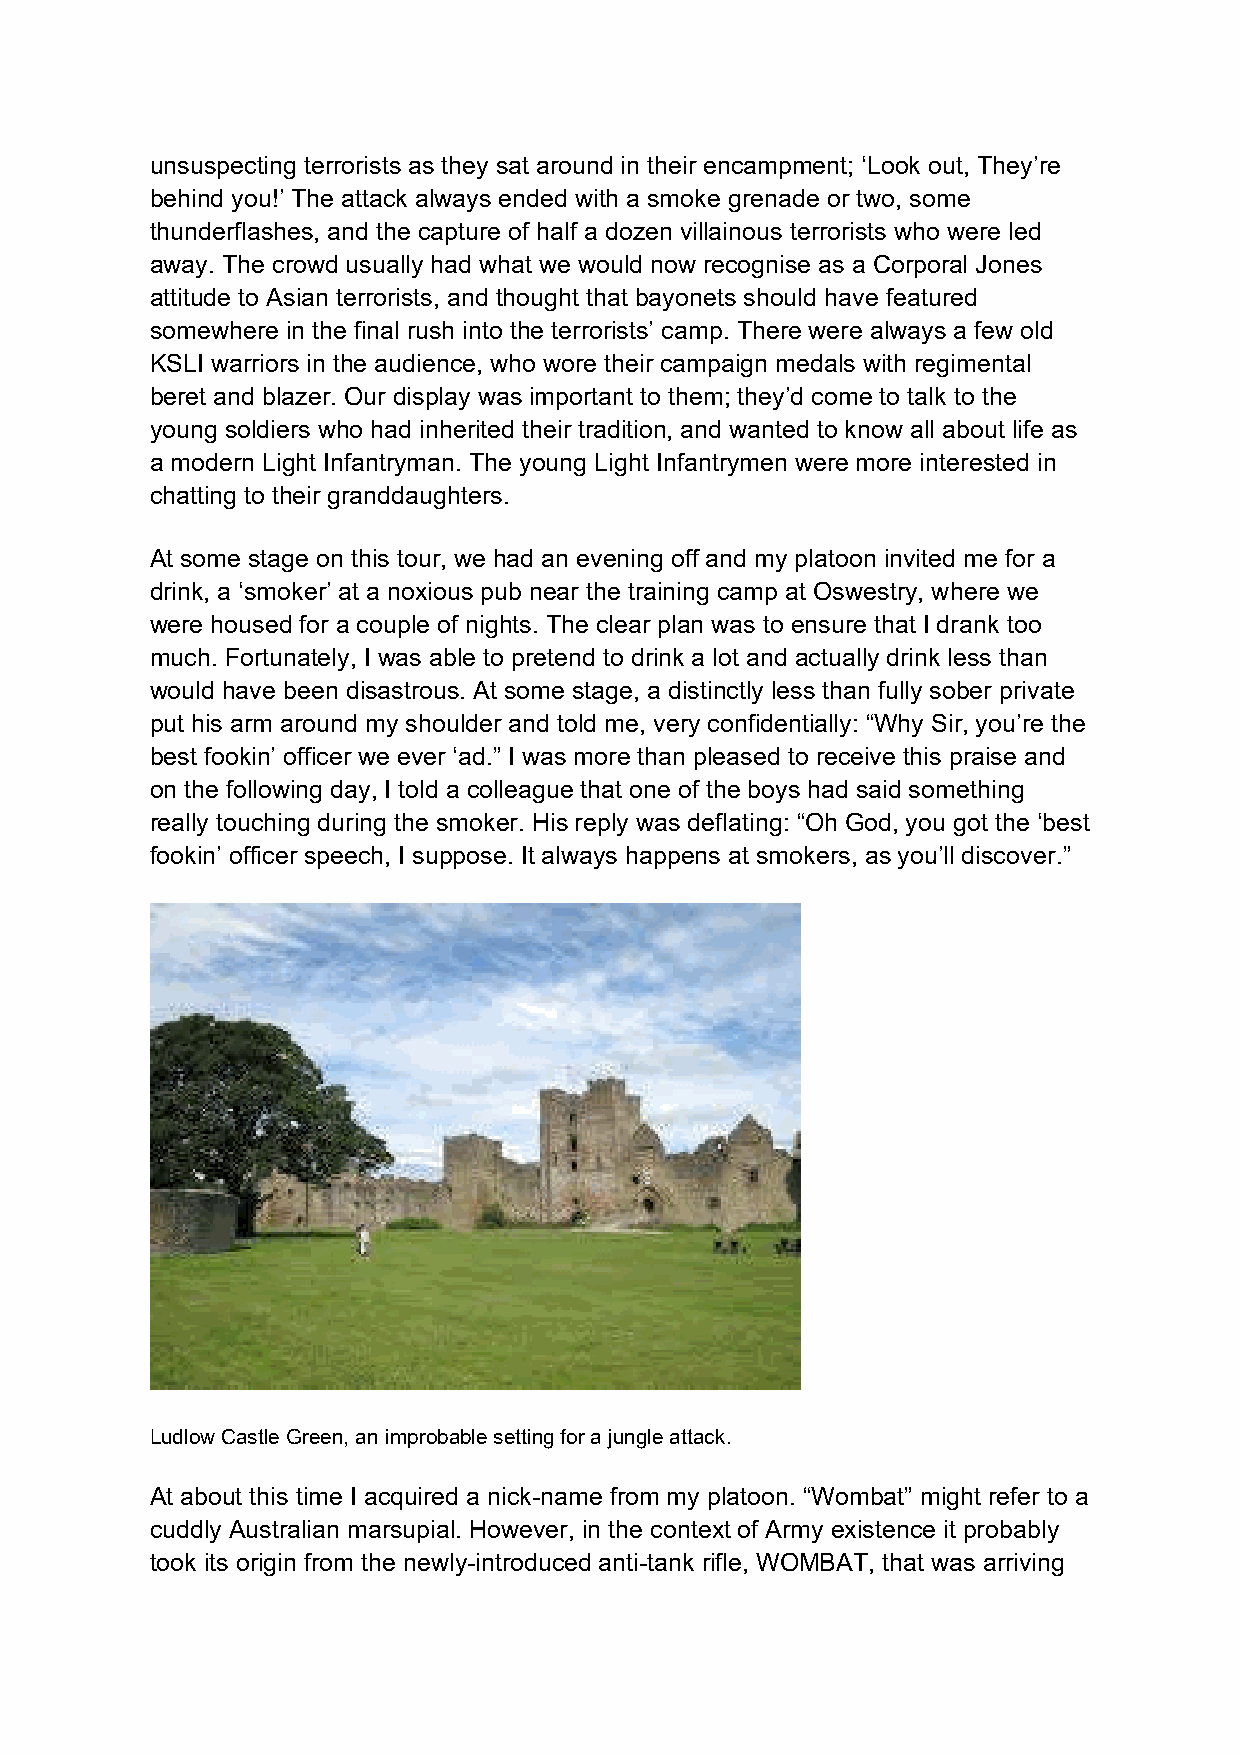
unsuspecting terrorists as they sat around in their encampment; ‘Look out, They’re
 behind you!’ The attack always ended with a smoke grenade or two, some
 thunderflashes, and the capture of half a dozen villainous terrorists who were led
 away. The crowd usually had what we would now recognise as a Corporal Jones
 attitude to Asian terrorists, and thought that bayonets should have featured
 somewhere in the final rush into the terrorists’ camp. There were always a few old
 KSLI warriors in the audience, who wore their campaign medals with regimental
 beret and blazer. Our display was important to them; they’d come to talk to the
 young soldiers who had inherited their tradition, and wanted to know all about life as
 a modern Light Infantryman. The young Light Infantrymen were more interested in
 chatting to their granddaughters.
 At some stage on this tour, we had an evening off and my platoon invited me for a
 drink, a ‘smoker’ at a noxious pub near the training camp at Oswestry, where we
 were housed for a couple of nights. The clear plan was to ensure that I drank too
 much. Fortunately, I was able to pretend to drink a lot and actually drink less than
 would have been disastrous. At some stage, a distinctly less than fully sober private
 put his arm around my shoulder and told me, very confidentially: “Why Sir, you’re the
 best fookin’ officer we ever ‘ad.” I was more than pleased to receive this praise and
 on the following day, I told a colleague that one of the boys had said something
 really touching during the smoker. His reply was deflating: “Oh God, you got the ‘best
 fookin’ officer speech, I suppose. It always happens at smokers, as you’ll discover.”
 Ludlow Castle Green, an improbable setting for a jungle attack.
 At about this time I acquired a nick-name from my platoon. “Wombat” might refer to a
 cuddly Australian marsupial. However, in the context of Army existence it probably
 took its origin from the newly-introduced anti-tank rifle, WOMBAT, that was arriving